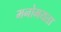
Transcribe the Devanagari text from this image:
मनोमयता